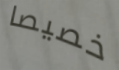
خصيصا